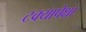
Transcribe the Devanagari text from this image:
टक्यापेक्षा